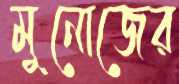
মুনোজের